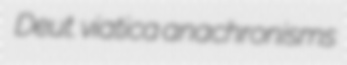
Deut. viatica anachronisms